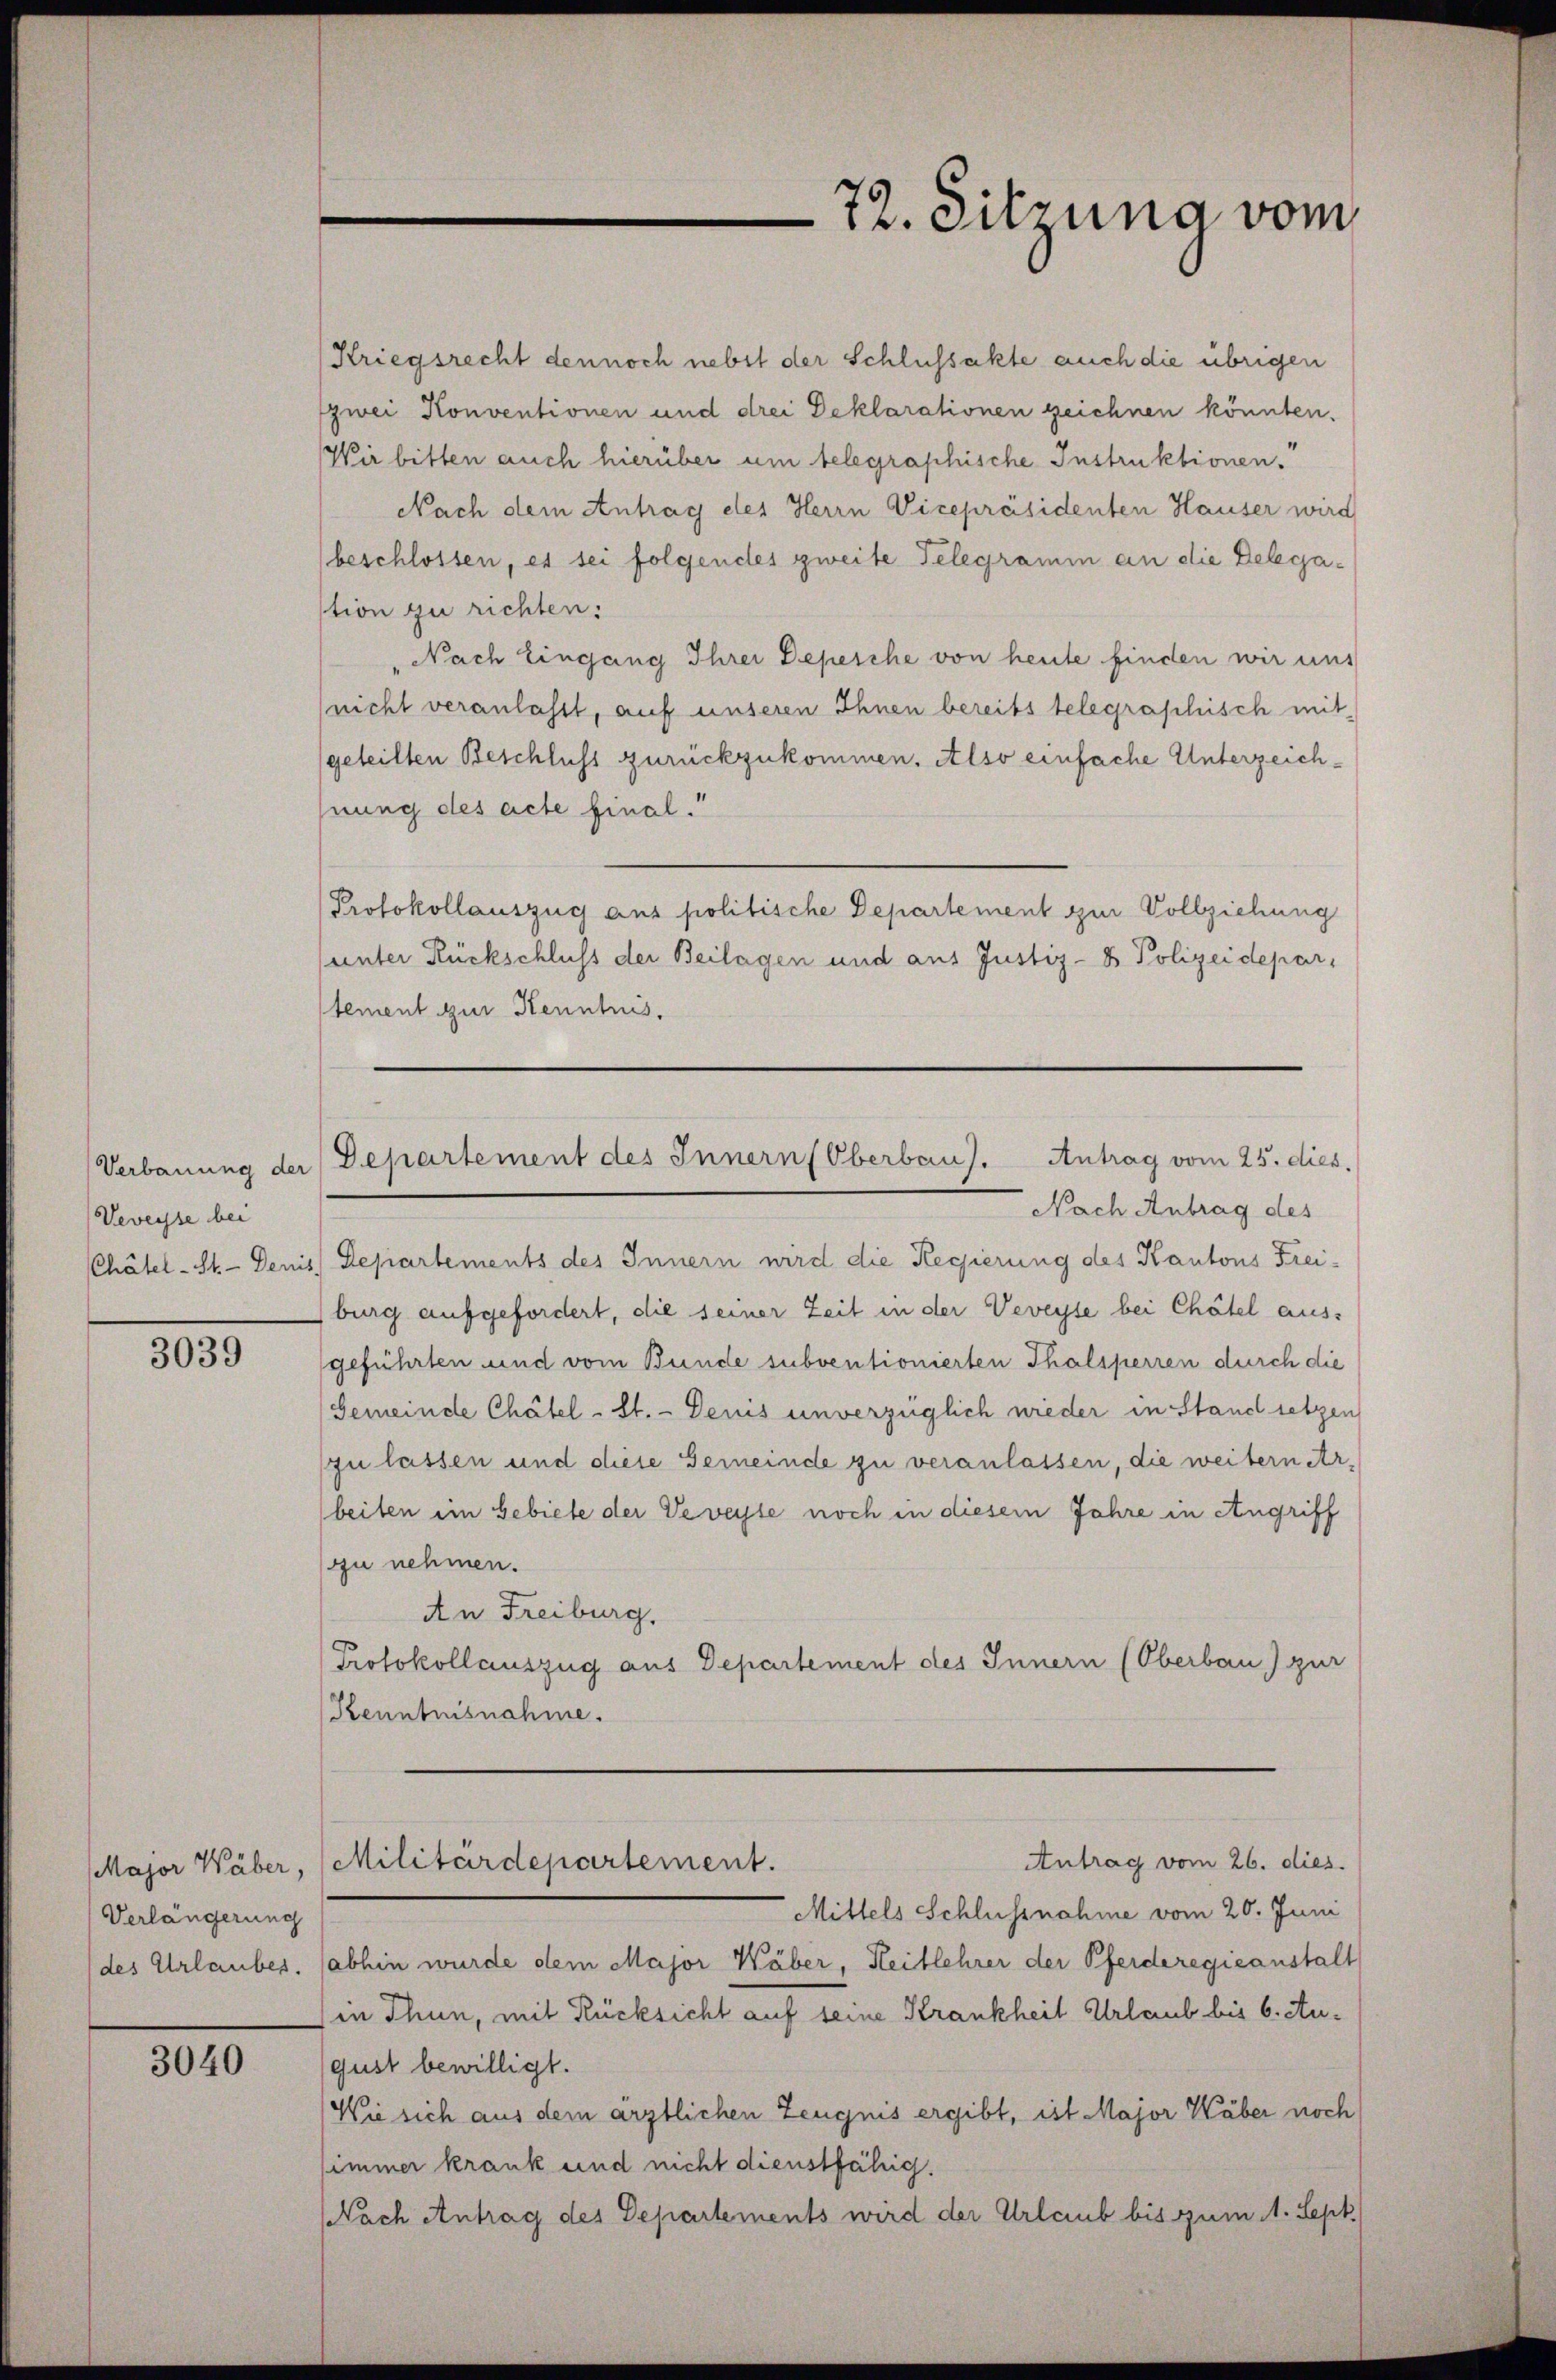
Verbauung der
Veveyse bei
Chätel-St. - Denis

3039

Verlängerung

3040

72. Sitzung vom

Kriegsrecht dennoch nebst der Schlussakte auch die übrigen
zwei Konventionen und drei Deklarationen zeichnen könnten.
Wir bitten auch hierüber um belegraphische Instruktionen.
Nach dem Antrag des Herrn Vicepräsidenten Hauser wird
beschlossen, es sei folgendes zweite Telegramm an die Delegation zu richten:
Nach Eingang Ihrer Depesche von heute finden wir uns
(nicht veranlasst, auf unseren Ihnen bereits telegraphisch mit-
geteilten Beschluss zurückzukommen. Also einfache Unterzeichhnung des acte final.“
Protokollauszug aus politische Departement zur Vollziehung
unter Rückschluss der Beilagen und aus Justiz- & Polizeidepartement zur Kenntnis.

Departement des Innern (Oberbau). Antrag vom 25. dies

Nach Antrag des
1.) Departements des Innern wird die Regierung des Kantons Frei-
burg aufgefordert, die seiner Zeit in der Veveyse bei Chätel aus-
geführten und vom Bunde subventionierten Thalsperren durch die
Gemeinde Chätel-St. - Denis unverzüglich wieder in Stand setzen
zu lassen und diese Gemeinde zu veranlassen, die weitern Arbeiten im Gebiete der Veveyse noch in diesem Jahre in Angriff
zu nehmen.
An Freiburg.
Protokollauszug aus Departement des Innern (Oberbau) zur
Kenntnisnahme.

Antrag vom 26. dies
Major Wäber, Militärdepartement.

Mittels Schlussnahme vom 20. Juni
(des Urlaubes. abhin wurde dem Major Wäber, Heillehrer der Pferderegieanstalt
in Thun, mit Rücksicht auf seine Krankheit Urlaub bis 6. August bewilligt.
Wie sich aus dem ärztlichen Zeugnis ergibt, ist Major Wäber noch
immer krank und nicht dienstfähig.
Nach Antrag des Departements wird der Urlaub bis zum 1. Sept.